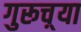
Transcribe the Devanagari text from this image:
गुरूच़्या